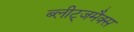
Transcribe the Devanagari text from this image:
ब्लीट्जमैक्स